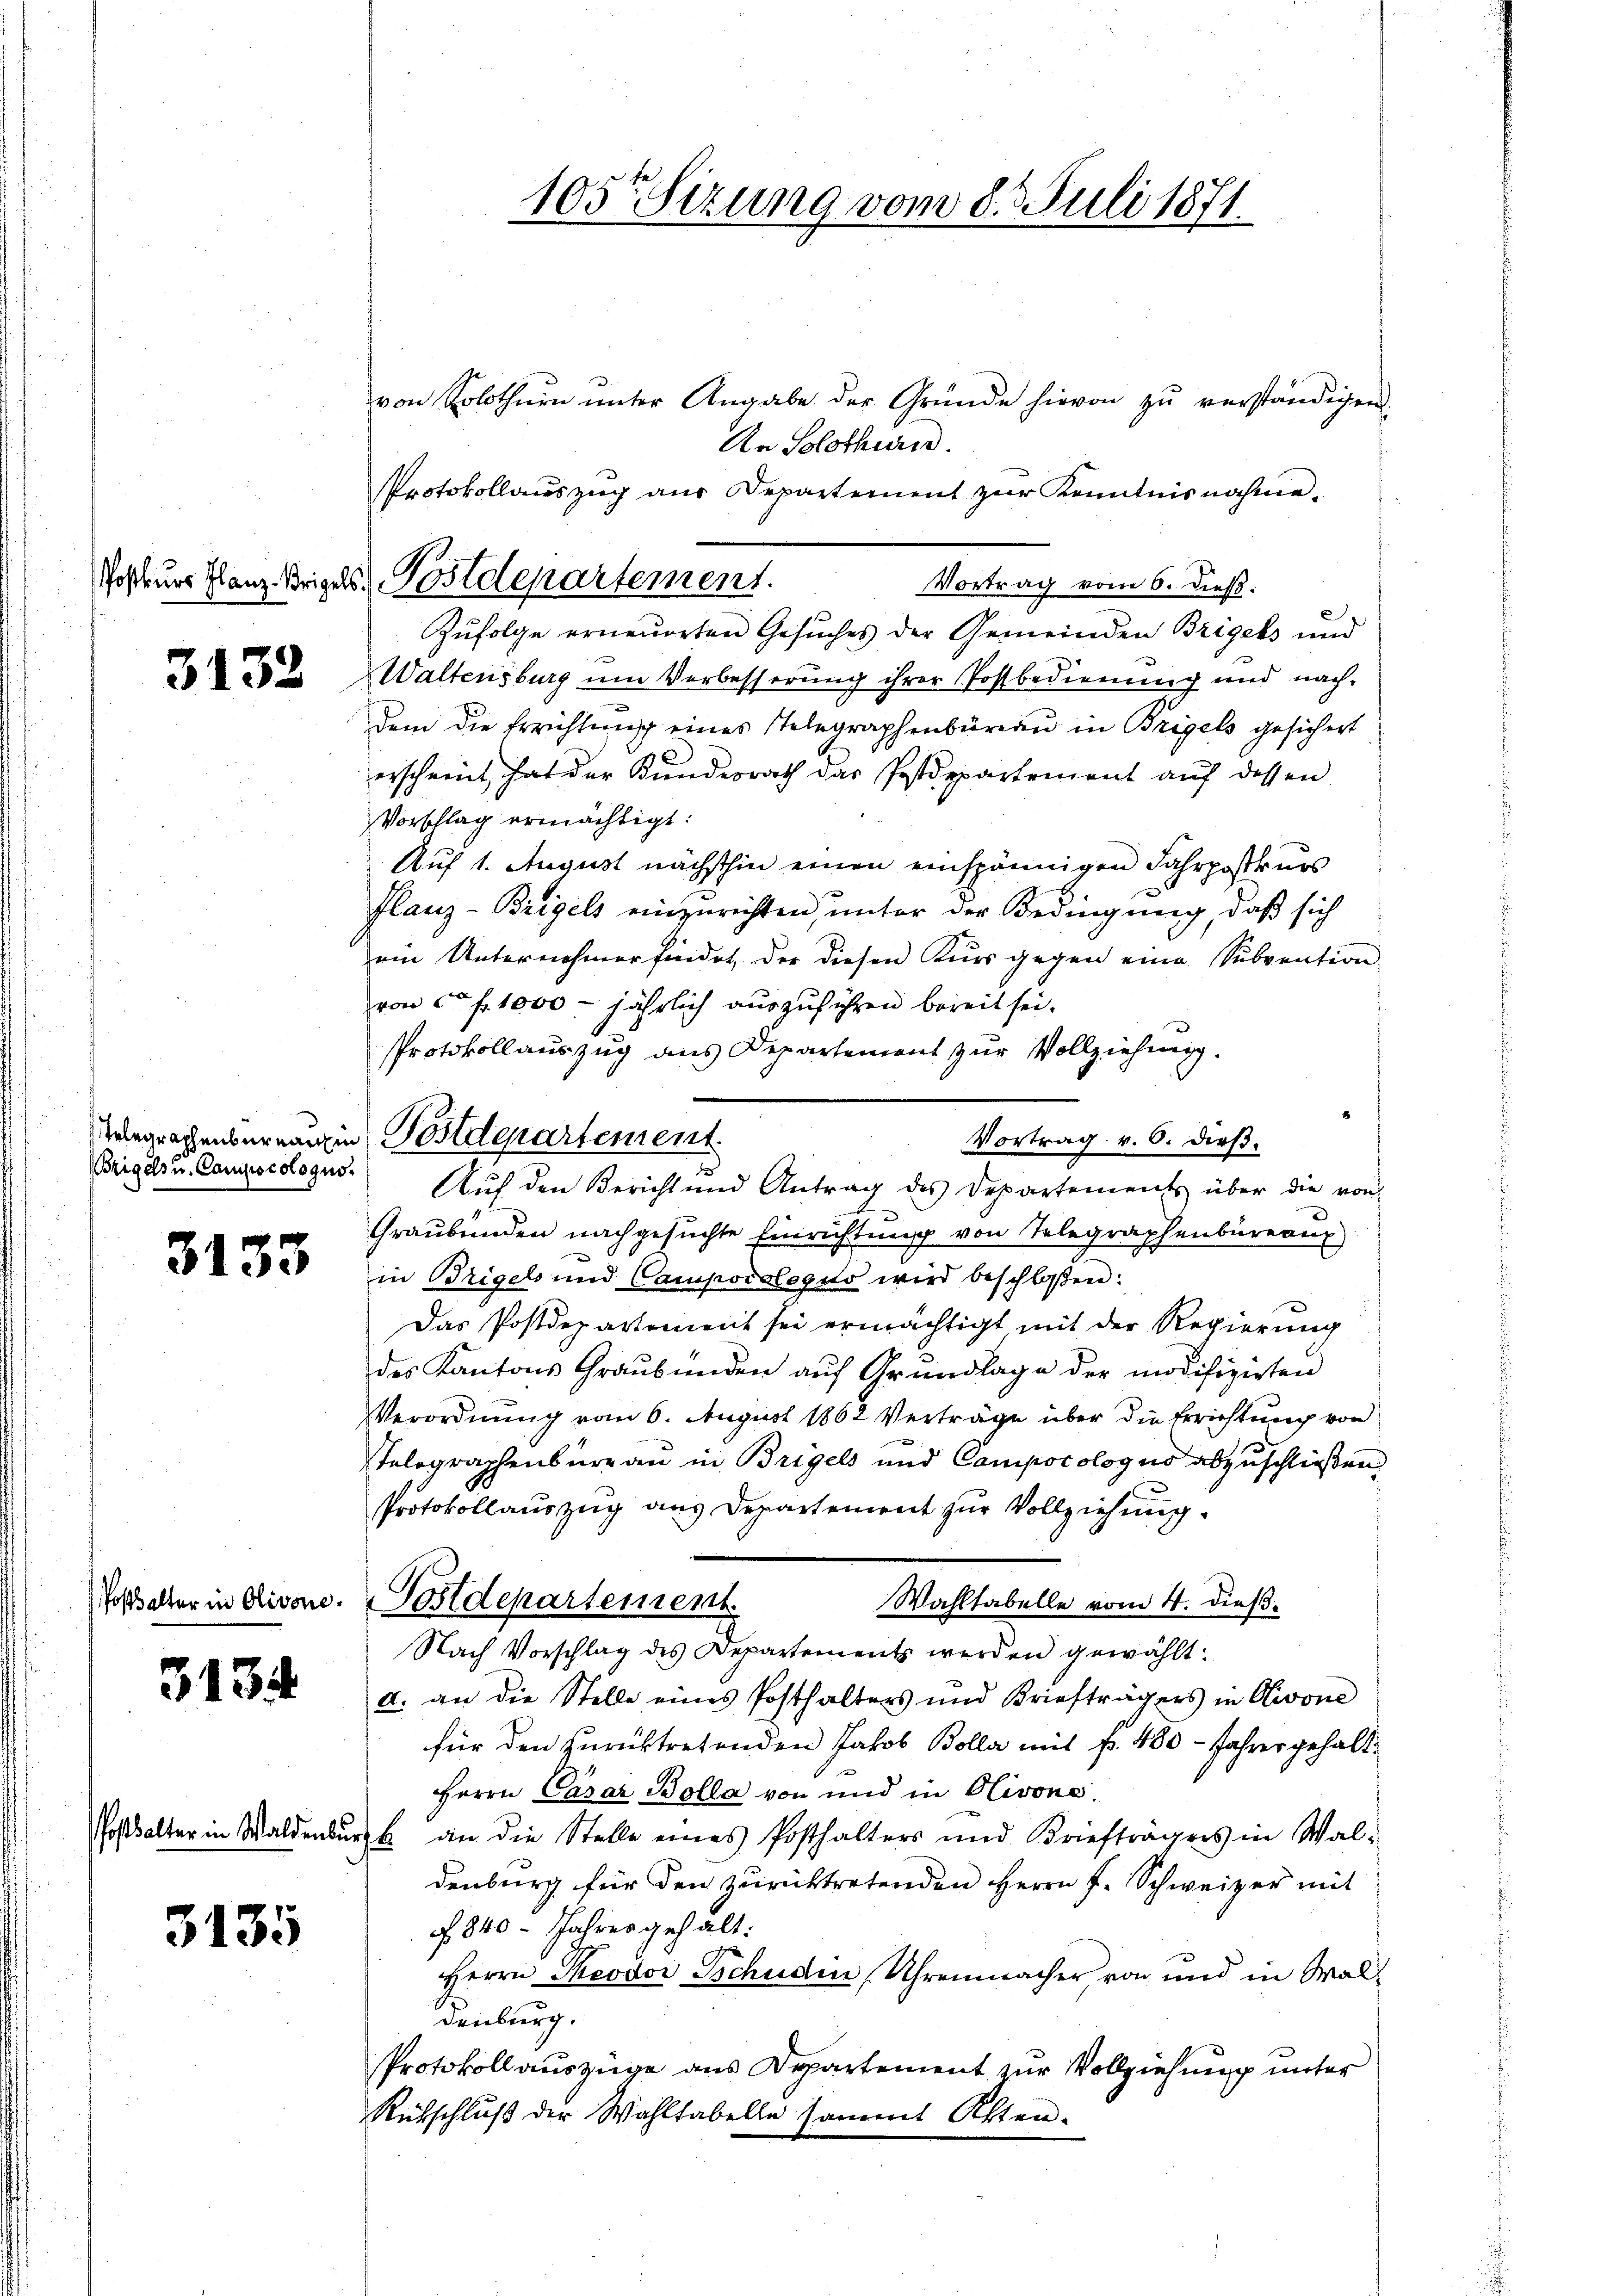
3132

Beigels u. Candiscologus

3133

Posthalter in Olivone.

3134

3135

von Solothurn ŭnter Angabe der Gründe hievon zŭ verständigen.
An Solothurn.
Protokollauszug aus Departement zur Kenntnisnahme
Vortrag vom 6. dieß:
Zufolge erneuerten Gesuches der Gemeinden Brigels und
Waltensburg um Verbesserung ihrer Postbedienung und nachdem die Errichtung eines Telegraphenbüreau in Bregels gesichert
erscheint, hat der Kundesrath das Postdepartement aŭf dessen
Vorschlag ermächtigt:
Auf 1. August nächsthin einen einspännigen Fahrpostkurs
flanz-Brigels einzurichten, unter der Bedingung, daß sich
ein Unternehmer findet, der diesen Kurs gegen eine Subvention
von c. fr. 1000 - jährlich auszuführen bereit sei.
Protokollauszug aus Departement zur Vollziehung.
Vortrag v. 6. dieß.
Aŭf den Bericht und Antrag des Departements über die von
Graubünden nachgesuchte Einrichtung von Telegraphenbüreaux
in Brigels und Camporologio wird beschloßen:
Das Postdepartement sei ermächtigt mit der Regierung
des Kantons Graubünden aŭf Grŭndlage der modifizirten
Verordnung vom 6. August 1862 Verträge über die Errichtung von
Telographenburgau in Brigels und Compocologno abzuschließen
Protokollauszug aus Departement zur Vollziehung.
Wahltabelle vom 4. dieß.
Postdepartement.
Nach Vorschlag des Departement werden gewählt:
a. an die Stelle eines Posthalters und Briefträgers in Olivone
für den zurücktretenden Jakob Bolla mit fr. 480 - Jahres gehalt¬
Herrn Casar Bolla von und in Olivone.
sostalter in Waldenburg an die Stelle eines Posthalters und Briefträgers in Wal-
denburg für den zurücktretenden Herrn F. Schweizer mit
f 840. Jahres gehalt:
Herrn Theodor Schulden Uhrenmacher, von und in Waldenburg.
Protokoll auszüge aus Departement zur Vollziehung unter
Rütschluß der Wahltabelle sammt Akten.

Postkurs flanz Weigelst Postdepartement.

egraphenbereingen Postdepartement.

105ten Sizung vom 8. d. Juli 1871.